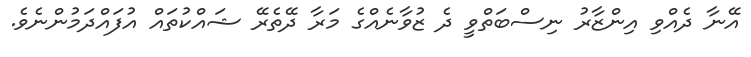
އޭނާ ދެއްވި އިންޒާރު ނިސްބަތްވީ ދެ ޒުވާނެއްގެ މަރާ ދޭތެރޭ ޝައްކުތައް އުފައްދަމުންނެވެ.